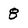
Character: 8